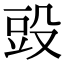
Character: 𣪌